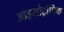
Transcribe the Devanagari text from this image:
आइसोट्रॉपिक